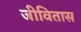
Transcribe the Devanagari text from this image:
जीवितास